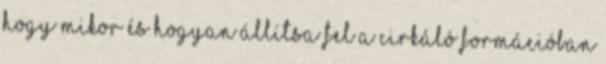
hogy mikor és hogyan állítsa fel a cirkáló formációban